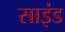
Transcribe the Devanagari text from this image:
साइंड